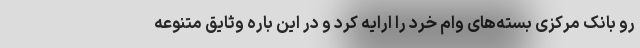
رو بانک مرکزی بسته‌های وام خرد را ارایه کرد و در این باره وثایق متنوعه